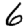
Digit: 6